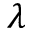
\lambda